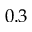
0 . 3